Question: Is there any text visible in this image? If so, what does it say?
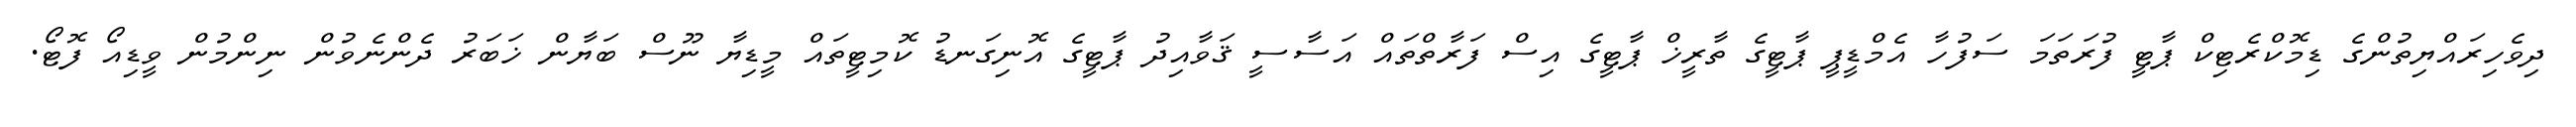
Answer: ދިވެހިރައްޔިތުންގެ ޑިމޮކްރެޓިކް ޕާޓީ ފުރަތަމަ ސަފުހާ އެމްޑީޕީ ޕާޓީގެ ތާރީޚް ޕާޓީގެ އިސް ފަރާތްތައް އަސާސީ ޤަވާއިދު ޕާޓީގެ އޮނިގަނޑު ކޮމިޓީތައް މީޑިޔާ ނޫސް ބަޔާން ޚަބަރު ދެންނެވުން ނިންމުން ވީޑިއޯ ފޮޓޯ.